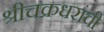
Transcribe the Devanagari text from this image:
श्रीचक्रधरांची